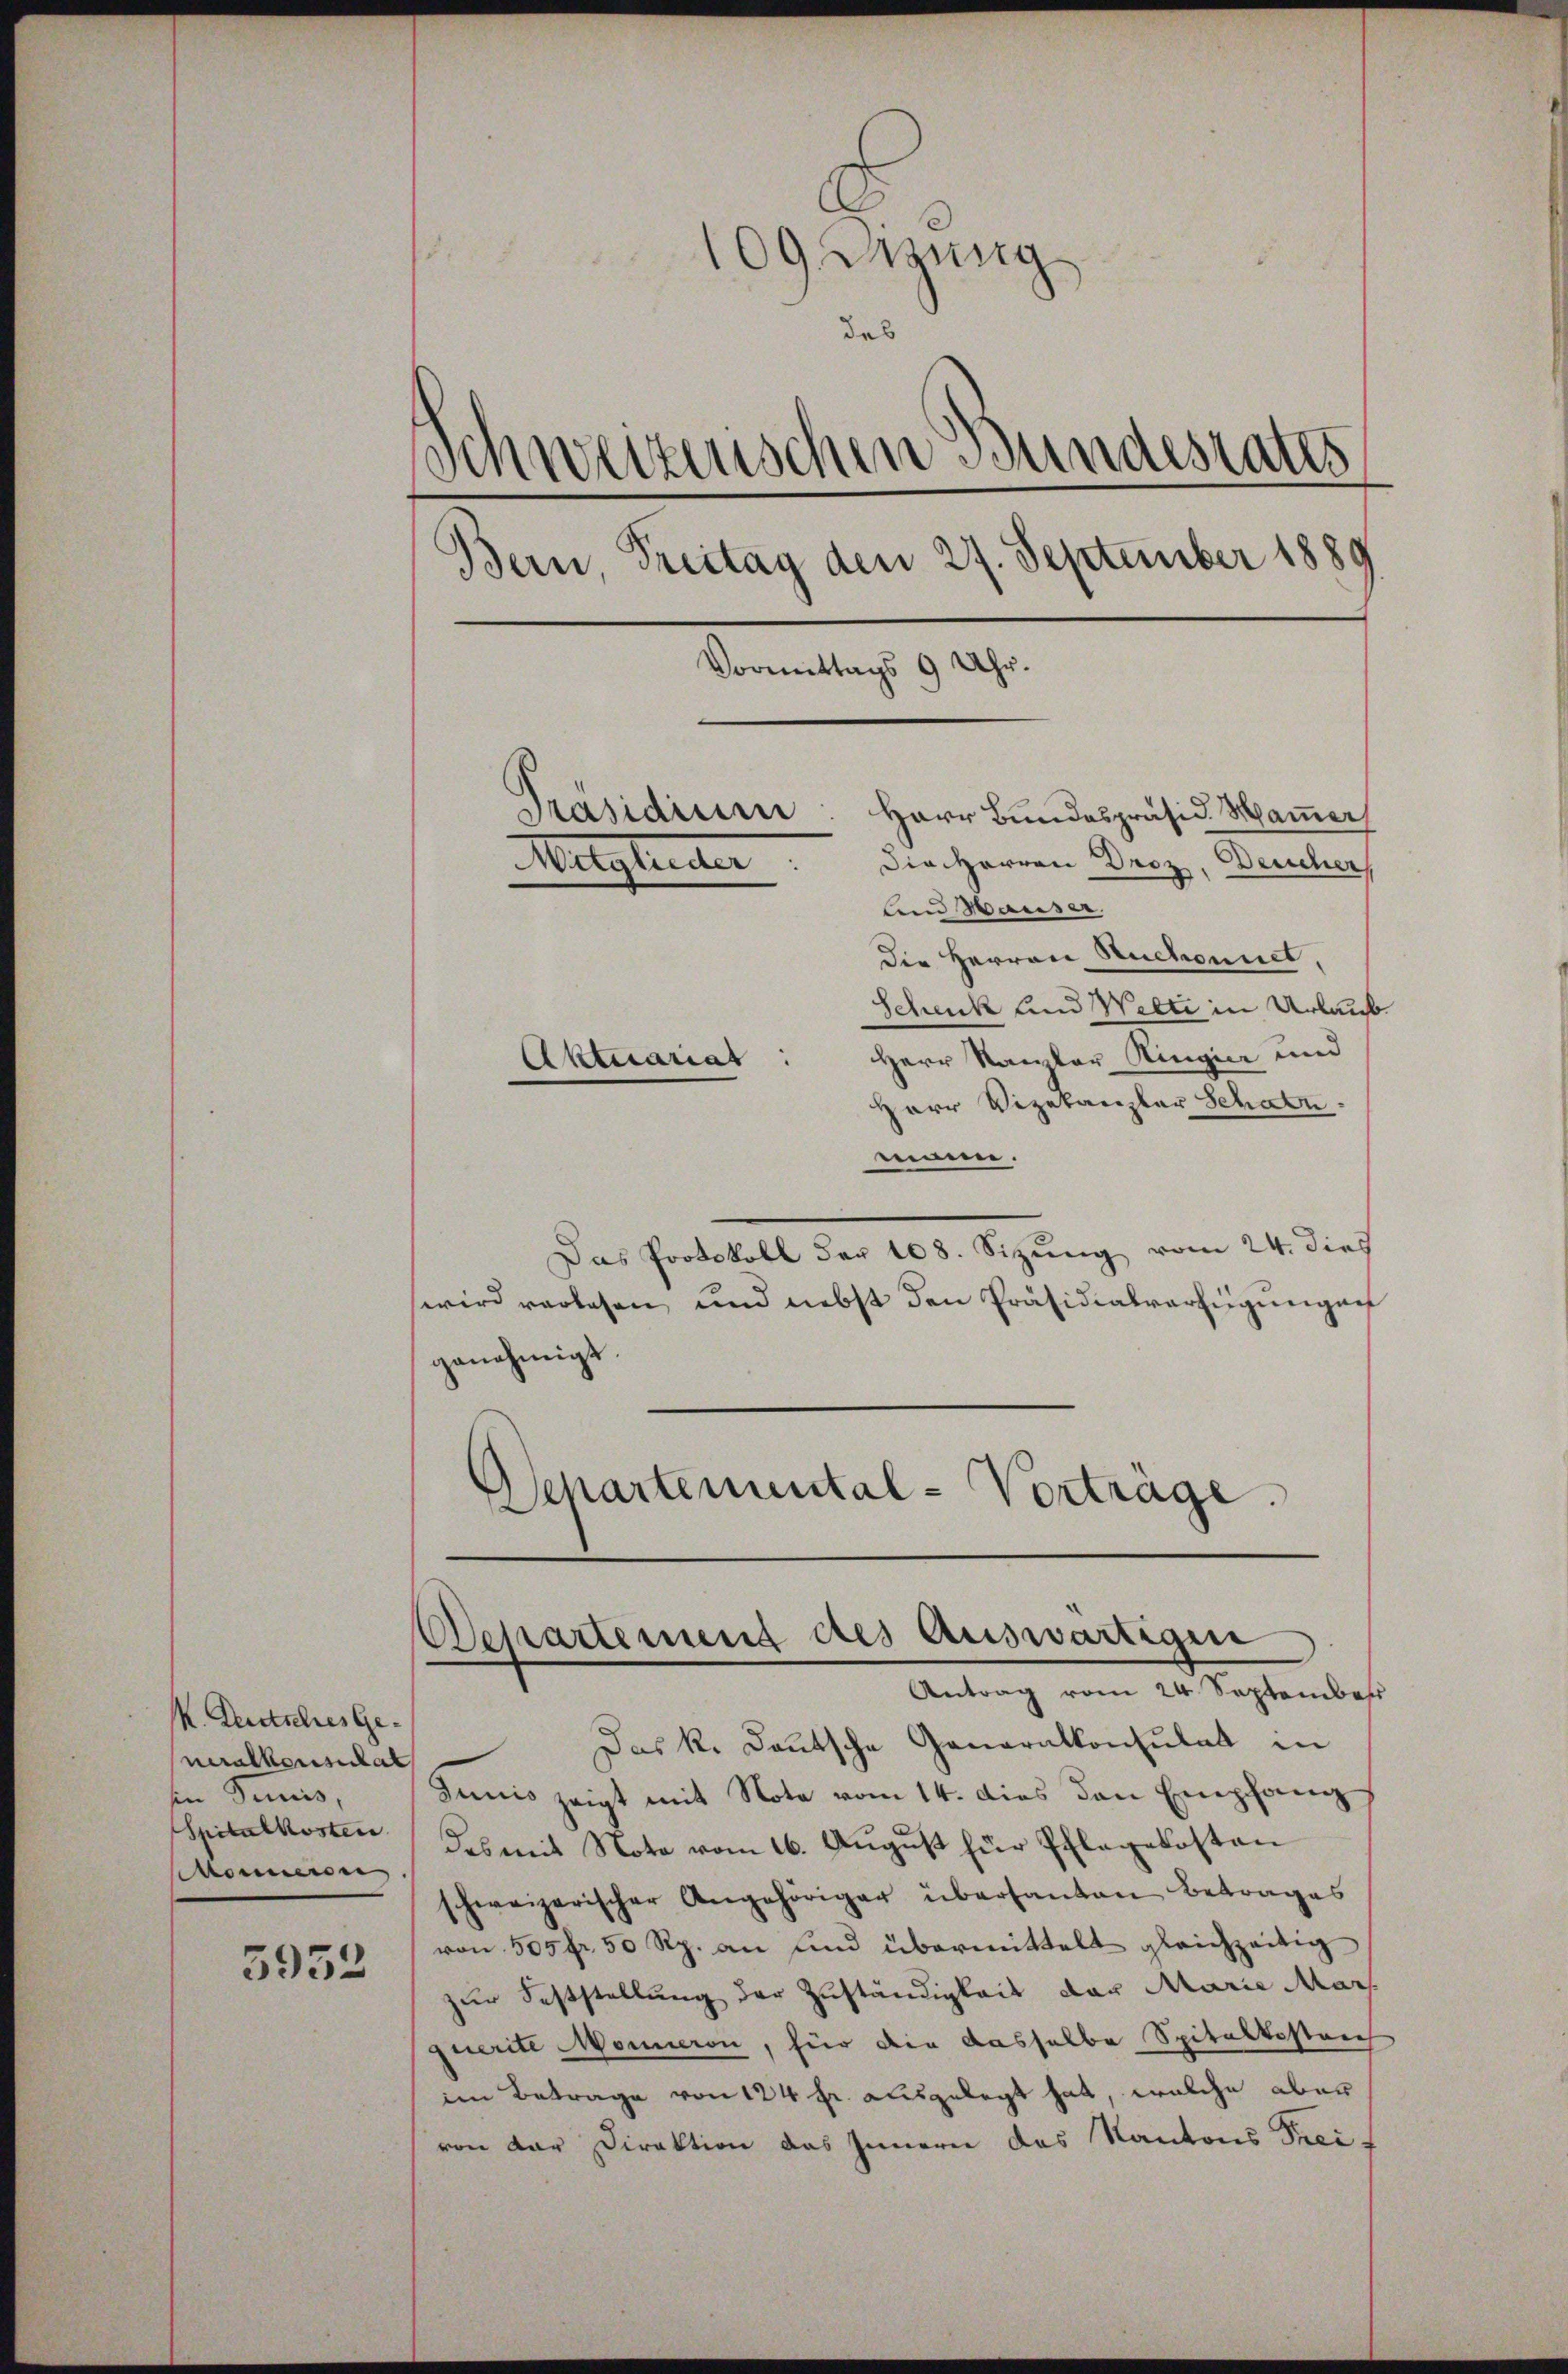
K. Deutsches Generalkonsulat
in Tunis,
Spitalkosten
onieren

3952

u
109 sezung
des
Schweizenschen Bundesrates
Bern, Treitag den 27. September 1889
Vormittags 9 Uhr.
Präsidieer: Herr Bundespräsid. Maier
Die Herren Droz, Deucher
Mitglieder
lm Hauser.
Die Herren Ruchonnet,
Schenk und Welti in Urlaub¬
Herr Kanzler Ringier und
Aktuariat
Herr Vizekanzler Schatn.

mann.
Das Protokoll der 108. Sizung vom 24. dies
wird verlesen, und nebst den Präsidialverfügungen
genehmigt
Schartemental-Vorträge.

Departenung des Auswärtigen
Antrag vom 24. September

Das k. Deutsche Generalkonsulat in
Junis zeigt mit Note vom 14. dies den Empfang
das mit Note vom 16. August für Pflegekosten
schweizerischer Angehöriger übersanten Betrages
von 505 fr. 50 Rp. an und übermittelt gleichzeitig
zur Feststellung der Zuständigkeit der Marie Mars
querite Monneren, für die dasselbe Spitaltestrich
im Betrage von 124 fr. ausgelegt hat, welche aber
von dar Direktion das Innern das Kantons Prei-